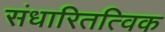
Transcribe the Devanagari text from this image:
संधारितत्विक